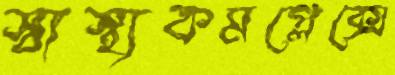
স্বাস্থ্যকমপ্লেক্সে